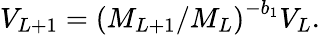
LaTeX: V_{L+1}=\left(M_{L+1}/M_{L}\right)^{-b_{1}}V_{L}.